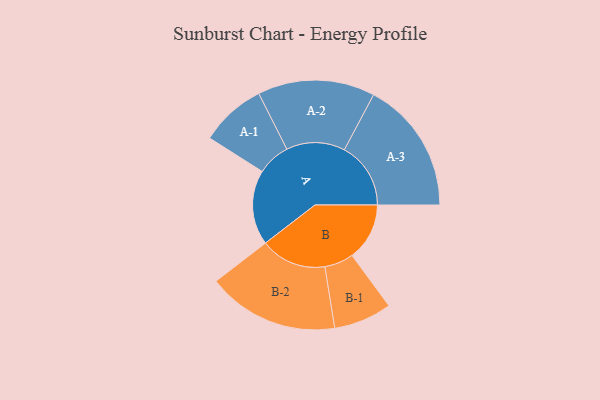
{"axis": {"x": "Segment", "y": "Value"}, "legend": ["", "A", "B"], "data": [{"x": "A", "y": 327, "type": ""}, {"x": "B", "y": 251, "type": ""}, {"x": "A-1", "y": 144, "type": "A"}, {"x": "A-2", "y": 256, "type": "A"}, {"x": "A-3", "y": 290, "type": "A"}, {"x": "B-1", "y": 127, "type": "B"}, {"x": "B-2", "y": 288, "type": "B"}]}